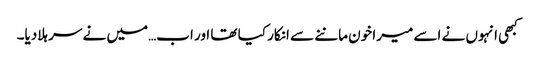
کبھی انہوں نے اسے میرا خون ماننے سے انکار کیا تھا اور اب…میں نے سر ہلادیا۔